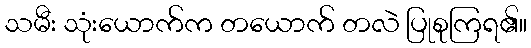
သမီး သုံးယောက်က တယောက် တလဲ ပြုစုကြရ၏။